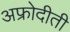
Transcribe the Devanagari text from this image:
अफ्रोदीती